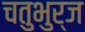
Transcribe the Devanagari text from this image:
चतुभुर्ज